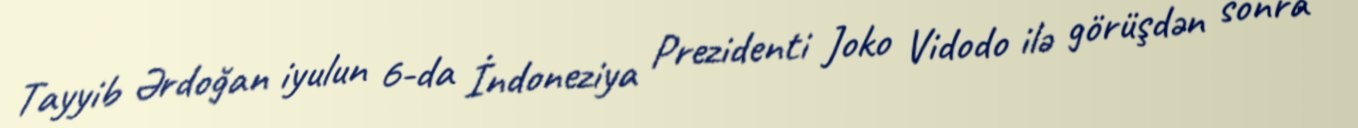
Tayyib Ərdoğan iyulun 6-da İndoneziya Prezidenti Joko Vidodo ilə görüşdən sonra